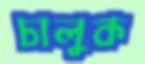
চালুক